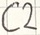
Text: C2